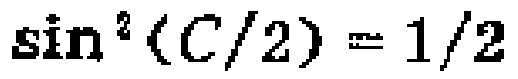
\(\sin^{2}(C/2) = 1/2\)